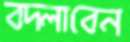
বদ্‌লাবেন